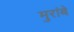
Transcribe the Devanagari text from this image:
मुरांबे